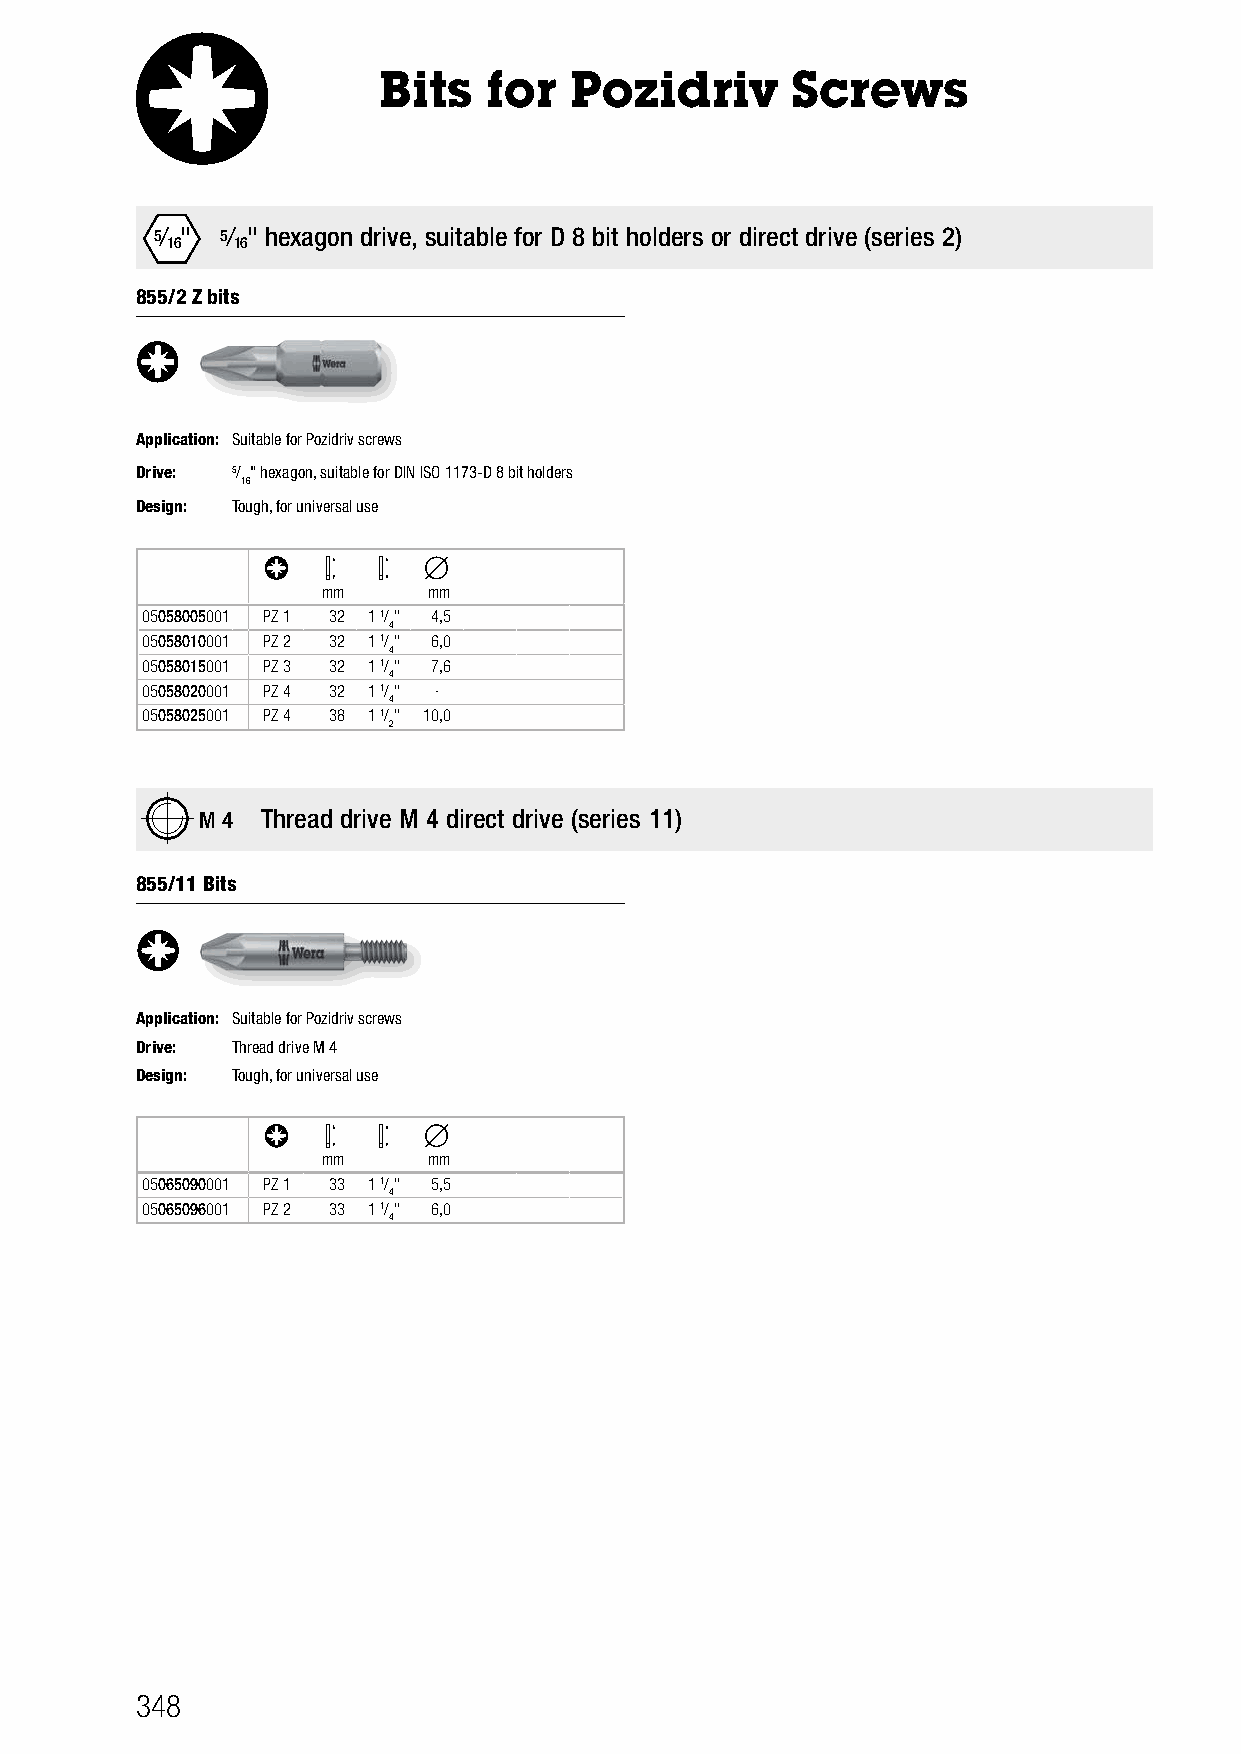
Bits   for   Pozidriv      Screws
 5/ " 5/ " hexagon drive, suitable for D 8 bit holders or direct drive (series 2)
 16  16
 855/2 Z bits
 Application: Suitable for Pozidriv screws
 Drive: 5/ " hexagon, suitable for DIN ISO 1173-D 8 bit holders
 16
 Design: Tough, for universal use
 mm     mm
 05058005001 PZ 1 32 1 1/" 4,5
 4
 05058010001 PZ 2 32 1 1/" 6,0
 4
 05058015001 PZ 3 32 1 1/" 7,6
 4
 05058020001 PZ 4 32 1 1/" -
 4
 05058025001 PZ 4 38 1 1/" 10,0
 2
 M 4 Thread drive M 4 direct drive (series 11)
 855/11 Bits
 Application: Suitable for Pozidriv screws
 Drive: Thread drive M 4
 Design: Tough, for universal use
 mm     mm
 05065090001 PZ 1 33 1 1/" 5,5
 4
 05065096001 PZ 2 33 1 1/" 6,0
 4
 348